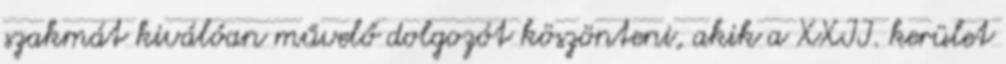
szakmát kiválóan művelő dolgozót köszönteni, akik a XXII. kerület